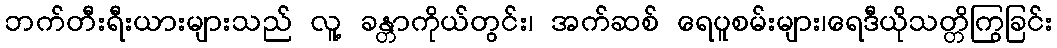
ဘက်တီးရီးယားများသည် လူ့ ခန္တာကိုယ်တွင်း၊ အက်ဆစ် ရေပူစမ်းများ၊ရေဒီယိုသတ္တိကြွခြင်း